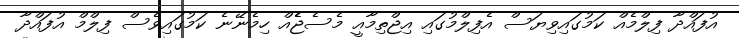
އުފައްދާ ފިލްމެއް ކަމުގައިވިޔަސް އެފިލްމުގައި އިޖްތިމާއީ މެސެޖެެއް ހިމެނޭނެ ކަމުގައިވެސް ފިލްމް އުފައްދާ